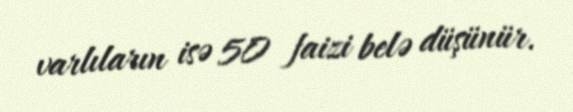
varlıların isə 50 faizi belə düşünür.